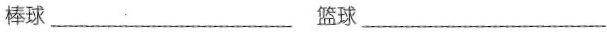
棒球___ 篮球___